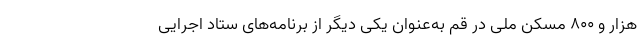
هزار و ۸۰۰ مسکن ملی در قم به‌عنوان یکی دیگر از برنامه‌های ستاد اجرایی